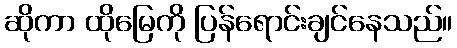
ဆိုကာ ထိုမြေကို ပြန်ရောင်းချင်နေသည်။